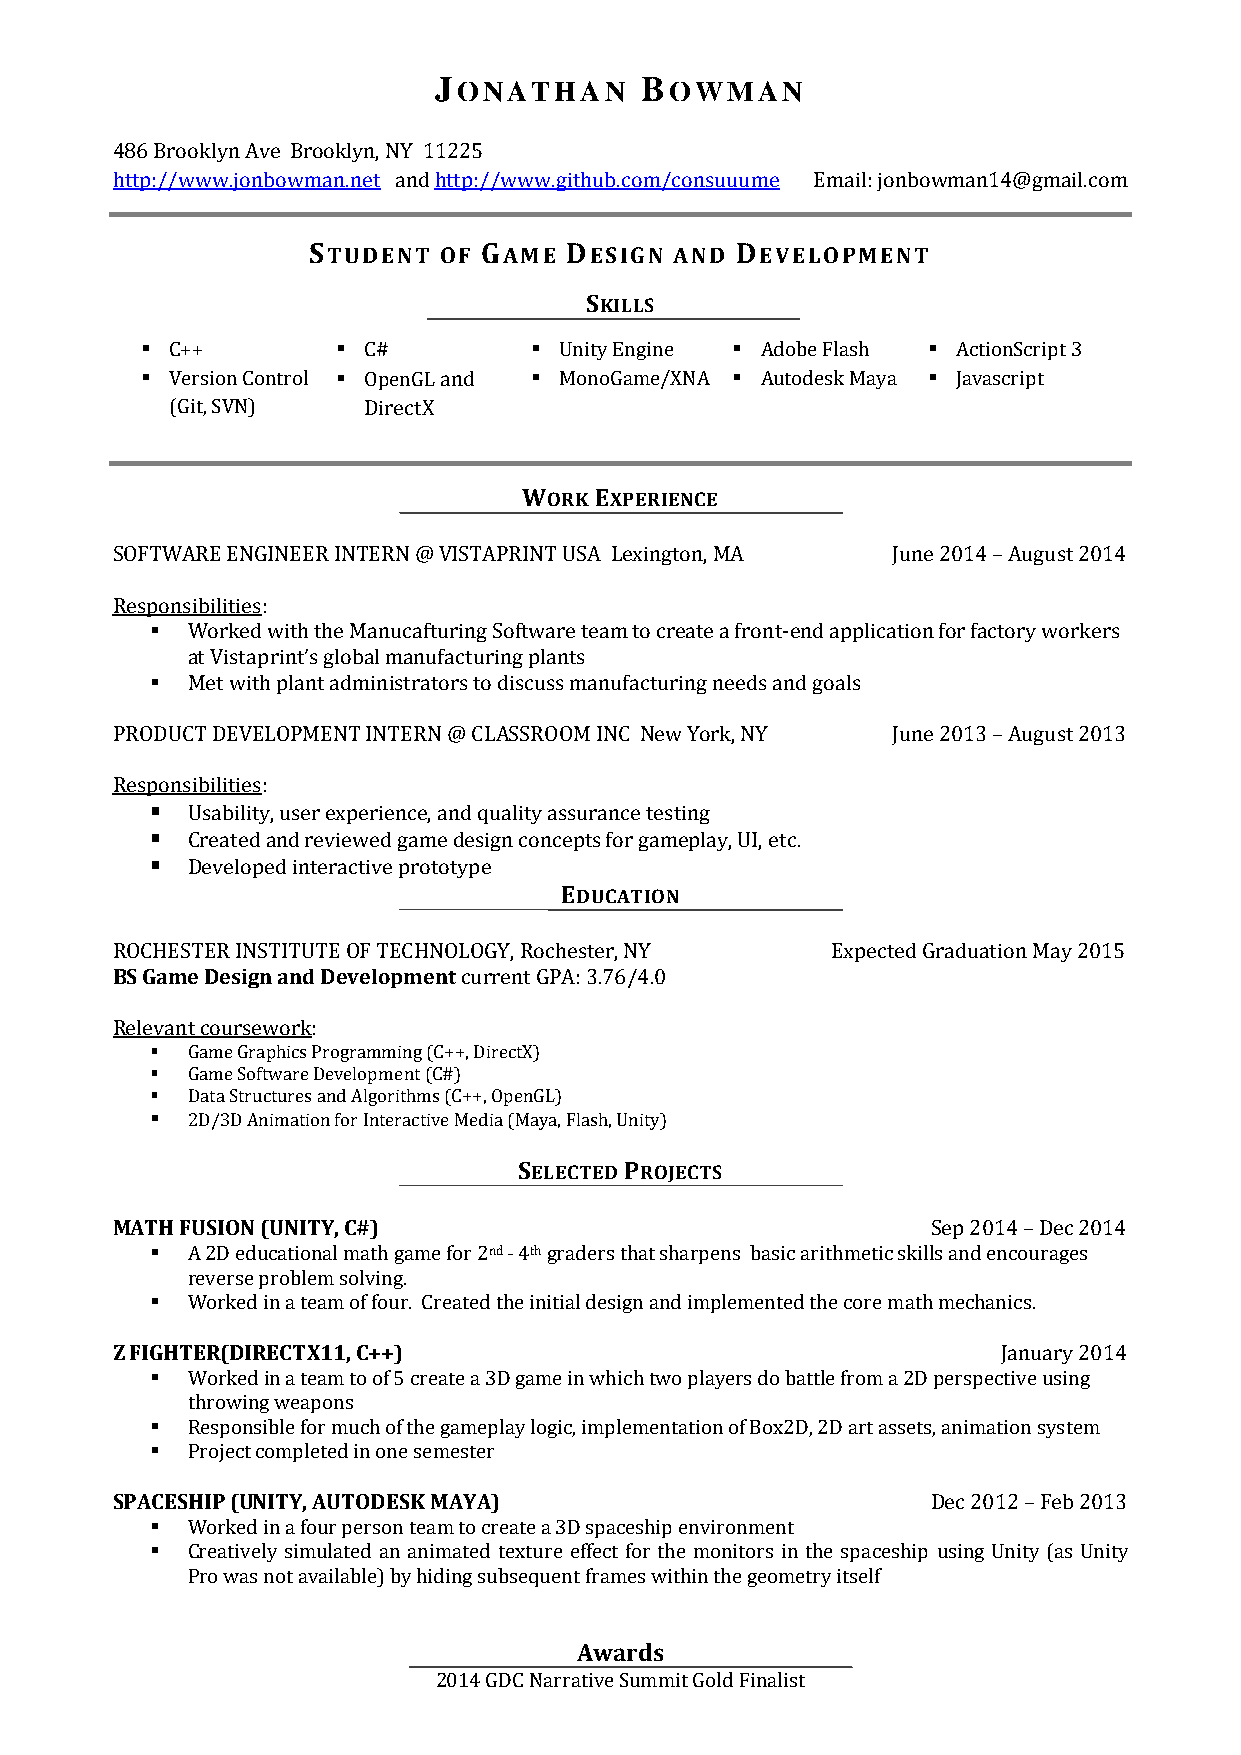
JONATHAN     BOWMAN
 486 Brooklyn Ave Brooklyn, NY 11225
 http://www.jonbowman.net and http://www.github.com/consuuume Email: jonbowman14@gmail.com
 STUDENT  OF GAME DESIGN  AND DEVELOPMENT
 SKILLS
  C++         C#          Unity E ngine  Adobe Flash  ActionScript 3
  Version Control  OpenGL and  MonoGame/XNA  Autodesk Maya  Javascript
 (Git, SVN)   DirectX
 WORK EXPERIENCE
 SOFTWARE ENGINEER INTERN @ VISTAPRINT USA Lexington, MA June 2014 – August 2014
 Responsibilities:
  Worked with the Manucafturing Software team to create a front-end application for factory workers
 at Vistaprint’s global manufacturing plants
  Met with plant administrators to discuss manufacturing needs and goals
 PRODUCT DEVELOPMENT INTERN @ CLASSROOM INC New York, NY June 2013 – August 2013
 Responsibilities:
  Usability, user experience, and quality assurance testing
  Created and reviewed game design concepts for gameplay, UI, etc.
  Developed interactive prototype
 EDUCATION
 ROCHESTER INSTITUTE OF TECHNOLOGY, Rochester, NY Expected Graduation May 2015
 BS Game Design and Development current GPA: 3.76/4.0
 Relevant coursework:
  Game Graphics Programming (C++, DirectX)
  Game Software Development (C#)
  Data Structures and Algorithms (C++, OpenGL)
  2D/3D Animation for Interactive Media (Maya, Flash, Unity)
 SELECTED PROJECTS
 MATH FUSION (UNITY, C#)                                Sep 2014 – Dec 2014
  A 2D educational math game for 2nd - 4th graders that sharpens basic arithmetic skills and encourages
 reverse problem solving.
  Worked in a team of four. Created the initial design and implemented the core math mechanics.
 Z FIGHTER(DIRECTX11, C++)                                  January 2014
  Worked in a team to of 5 create a 3D game in which two players do battle from a 2D perspective using
 throwing weapons
  Responsible for much of the gameplay logic, implementation of Box2D, 2D art assets, animation system
  Project completed in one semester
 SPACESHIP (UNITY, AUTODESK MAYA)                       Dec 2012 – Feb 2013
  Worked in a four person team to create a 3D spaceship environment
  Creatively simulated an animated texture effect for the monitors in the spaceship using Unity (as Unity
 Pro was not available) by hiding subsequent frames within the geometry itself
 Awards
 2014 GDC Narrative Summit Gold Finalist